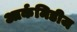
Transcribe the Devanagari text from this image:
आर्कमिडीज